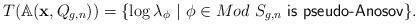
LaTeX: \begin{align*}T({\Bbb A}(\mathbf{x}, Q_{g,n}))=\{\log\lambda_{\phi} ~|~ \phi\in Mod~S_{g,n} ~\hbox{{\sf is pseudo-Anosov}}\}. \end{align*}